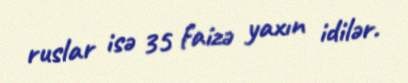
ruslar isə 35 faizə yaxın idilər.